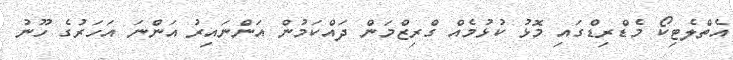
އެތްލެޓިކޯ މެޑްރިޑްގައި މޮޅު ކުޅުމެއް ގްރިޒްމަން ދައްކަމުން އަންނައިރު އަންނަ އަހަރުގެ ހޫނު